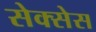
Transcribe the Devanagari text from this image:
सेक्सेस